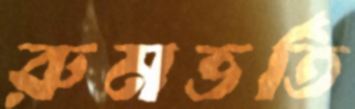
রুমভর্তি